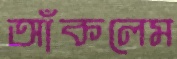
আঁকলেম